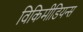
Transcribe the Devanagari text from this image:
विकिमीडियन्स